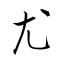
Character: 尤